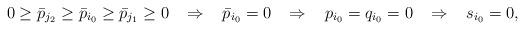
LaTeX: \begin{align*}0\ge\bar{p}_{j_2}\ge\bar{p}_{i_0}\ge \bar{p}_{j_1}\ge 0\;\;\; \Rightarrow\;\;\; \bar{p}_{i_0} = 0\;\;\; \Rightarrow\;\;\; p_{i_0}=q_{i_0}=0 \;\;\; \Rightarrow\;\;\; s_{i_0}=0, \end{align*}